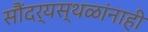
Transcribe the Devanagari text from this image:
सौंदर्यस्थळांनाही